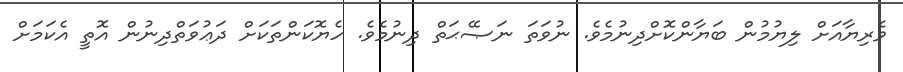
ވެރިޔާއަށް ލިޔުމުން ބަޔާންކޮށްދިނުމެވެ. ނުވަތަ ނަޞޭޙަތް ދިނުމެވެ. ހެޔޮކަންތަކަށް ދަޢުވަތްދިނުން އޮތީ އެކަމަށް